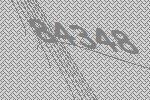
84348